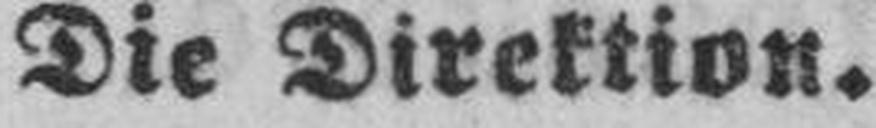
Die Direktion.